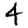
Digit: 4